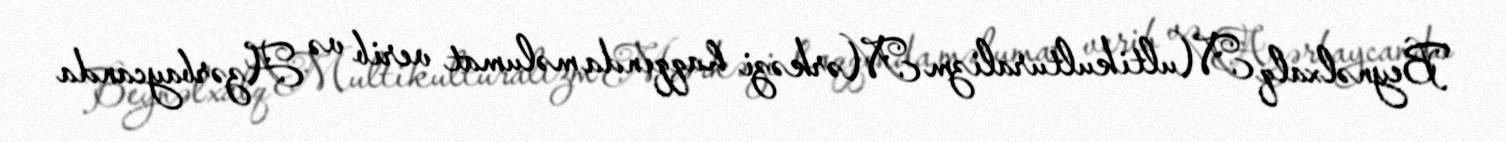
Beynəlxalq Multikulturalizm Mərkəzi haqqında məlumat verib və Azərbaycanda